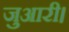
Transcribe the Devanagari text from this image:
जुआरी।